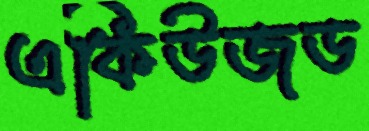
একিউজড